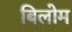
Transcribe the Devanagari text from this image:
बिलोम